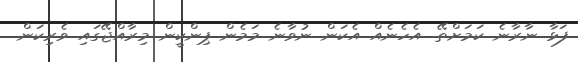
ފަޅާ ނާރާނެ ކަމަށްތޭ. އެހެނެއް އެކަން ނުވާނެ މަމެން ޕިންކީން މިރާއްޖޭގައި ވެރިކަން